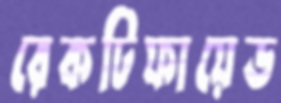
রেকটিফায়েড